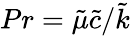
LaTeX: Pr=\tilde{\mu}\tilde{c}/\tilde{k}